Leaving Certificate Examination (including Day School Certificate (Higher) General paper), 1928
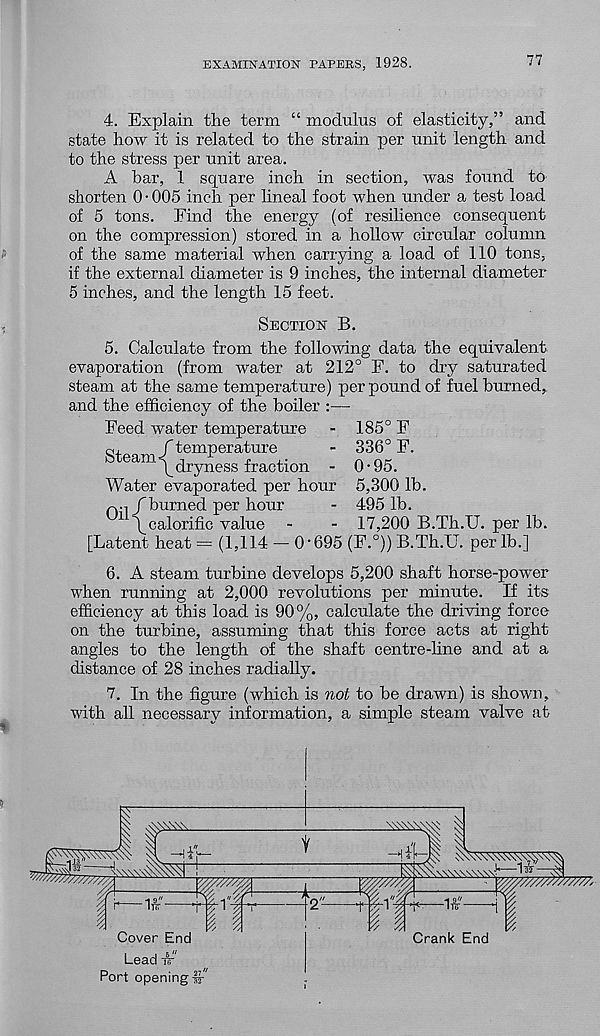
EXAMINATION PAPERS, 1928.
77
4. Explain the term “ modulus of elasticity,” and
state how it is related to the strain per unit length and
to the stress per unit area.
A bar, 1 square inch in section, was found to
shorten 0 • 005 inch per lineal foot when under a test load
of 5 tons. Find the energy (of resilience consequent
on the compression) stored in a hollow circular column
of the same material when carrying a load of 110 tons,
if the external diameter is 9 inches, the internal diameter
5 inches, and the length 15 feet.
Section B.
5. Calculate from the following data the equivalent
evaporation (from water at 212° F. to dry saturated
steam at the same temperature) per pound of fuel burned,
and the efficiency of the boiler :—
Feed water temperature
cu
f temperature
Steam<
r
p
,•
l \ dryness fraction -
Water evaporated per hour
Qjj / burned per hour
/calorific value
[Latent heat = (1,114 — 0‘695 (F. 0 )) B.Th.U. per lb.]
185° F
336° F.
0-95.
5,300 lb.
495 lb.
17,200 B.Th.U. per lb.
6. A steam turbine develops 5,200 shaft horse-power
when running at 2,000 revolutions per minute. If its
efficiency at this load is 90%, calculate the driving force
on the turbine, assuming that this force acts at right
angles to the length of the shaft centre-hne and at a
distance of 28 inches radially.
7. In the figure (which is not to be drawn) is shown,
with all necessary information, a simple steam valve at